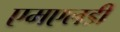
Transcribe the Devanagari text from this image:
एमएलडी